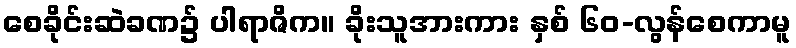
စေခိုင်းဆဲခဏ၌ ပါရာဇိက။ ခိုးသူအားကား နှစ် ၆၀-လွန်စေကာမူ